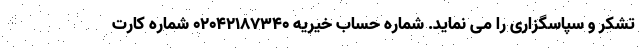
تشکر و سپاسگزاری را می نماید. شماره حساب خیریه 02042187340 شماره کارت